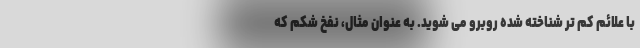
با علائم کم تر شناخته شده روبرو می شوید. به عنوان مثال، نفخ شکم که